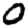
Digit: 0